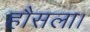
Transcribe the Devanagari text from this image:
हौसला।